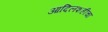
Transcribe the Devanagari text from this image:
आदिलशहीचा